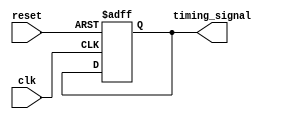
module timing_control_block (
    input clk,
    input reset,
    output reg timing_signal
);

always @ (posedge clk or posedge reset) begin
    if (reset) begin
        timing_signal <= 0;
    end else begin
        // Generate clock signals to drive the operation of the Inverter Delay block
        // Add any timing control logic here
    end
end

endmodule